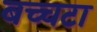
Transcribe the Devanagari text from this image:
बच्चटा